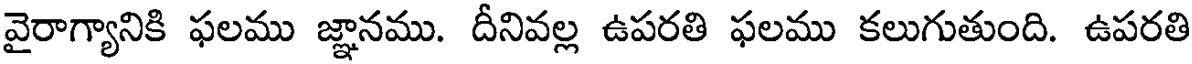
వైరాగ్యానికి ఫలము జ్ఞానము. దీనివల్ల ఉపరతి ఫలము కలుగుతుంది. ఉపరతి